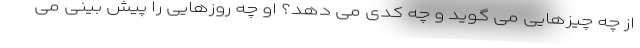
از چه چیزهایی می گوید و چه کدی می دهد؟ او چه روزهایی را پیش بینی می